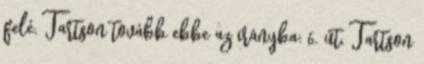
felé. Tartson tovább ebbe az irányba: 6. út. Tartson